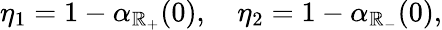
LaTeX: \eta_{1}=1-\alpha_{\mathbb{R}_{+}}(0),\quad\eta_{2}=1-\alpha_{\mathbb{R}_{-}}(0),